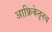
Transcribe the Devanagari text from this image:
आफ्रिकेतूनच